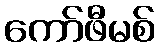
ကော်ဖီမစ်